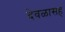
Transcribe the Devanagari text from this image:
देवळासह